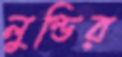
লুন্ডির